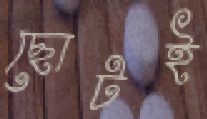
ছোটই